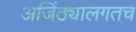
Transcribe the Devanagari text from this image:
अजिंठ्यालगतच